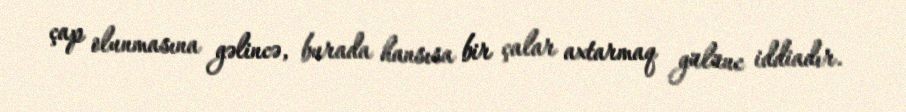
çap olunmasına gəlincə, burada hansısa bir çalar axtarmaq gülünc iddiadır.